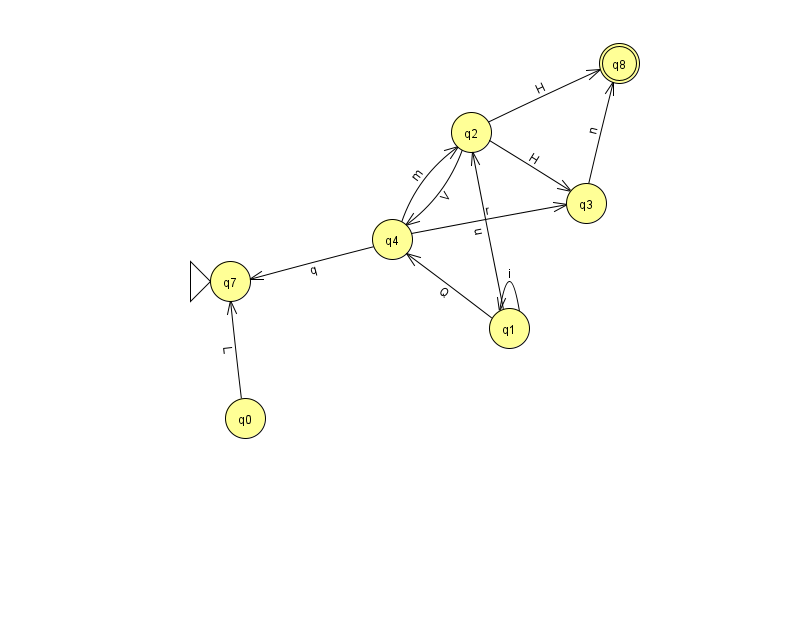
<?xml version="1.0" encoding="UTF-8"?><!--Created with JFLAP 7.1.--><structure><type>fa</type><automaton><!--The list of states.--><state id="0" name="q0"><x>245.0</x><y>405.0</y></state><state id="1" name="q1"><x>509.0</x><y>315.0</y></state><state id="2" name="q2"><x>471.0</x><y>119.0</y></state><state id="3" name="q3"><x>586.0</x><y>190.0</y></state><state id="4" name="q4"><x>392.0</x><y>226.0</y></state><state id="7" name="q7"><x>230.0</x><y>268.0</y><initial/></state><state id="8" name="q8"><x>619.0</x><y>50.0</y><final/></state><!--The list of transitions.--><transition><from>4</from><to>7</to><read>q</read></transition><transition><from>1</from><to>4</to><read>Q</read></transition><transition><from>1</from><to>2</to><read>u</read></transition><transition><from>2</from><to>4</to><read>V</read></transition><transition><from>4</from><to>3</to><read>r</read></transition><transition><from>0</from><to>7</to><read>L</read></transition><transition><from>1</from><to>1</to><read>i</read></transition><transition><from>2</from><to>8</to><read>H</read></transition><transition><from>4</from><to>2</to><read>m</read></transition><transition><from>2</from><to>3</to><read>H</read></transition><transition><from>3</from><to>8</to><read>n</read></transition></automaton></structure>